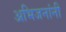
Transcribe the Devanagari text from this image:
अभिजनांनी